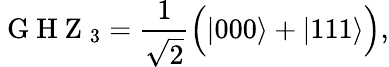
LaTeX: \mathrm{~G~H~Z~}_{3}=\frac{1}{\sqrt{2}}\Big(\vert 000\rangle+\vert 111\rangle\Big),